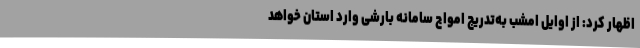
اظهار کرد: از اوایل امشب به‌تدریج امواج سامانه بارشی وارد استان خواهد